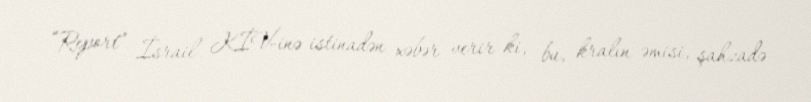
“Report” İsrail KİV-inə istinadən xəbər verir ki, bu, kralın əmisi, şahzadə